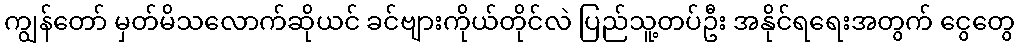
ကျွန်တော် မှတ်မိသလောက်ဆိုယင် ခင်ဗျားကိုယ်တိုင်လဲ ပြည်သူ့တပ်ဦး အနိုင်ရရေးအတွက် ငွေတွေ